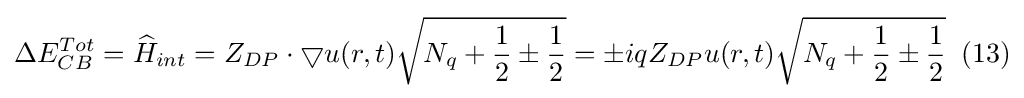
\Delta E_{CB}^{Tot}={\widehat {H}}_{int}=Z_{DP}\cdot \bigtriangledown u(r,t){\sqrt {N_{q}+{\frac {1}{2}}\pm {\frac {1}{2}}}}=\pm iqZ_{DP}u(r,t){\sqrt {N_{q}+{\frac {1}{2}}\pm {\frac {1}{2}}}}\;\;(13)